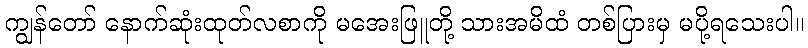
ကျွန်တော် နောက်ဆုံးထုတ်လစာကို မအေးဖြူတို့ သားအမိထံ တစ်ပြားမှ မပို့ရသေးပါ။